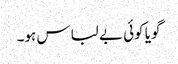
گویا کوئی بے لباس ہو۔